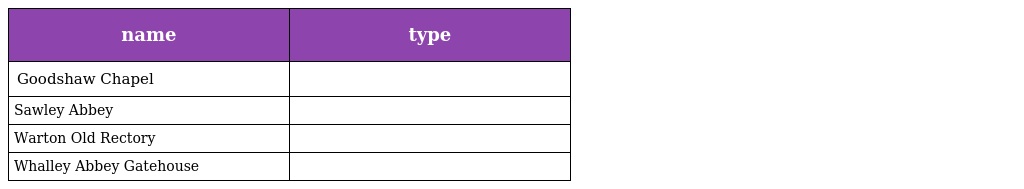
| name | type |
 | --- | --- |
 | Goodshaw Chapel |  |
 | Sawley Abbey |  |
 | Warton Old Rectory |  |
 | Whalley Abbey Gatehouse |  |